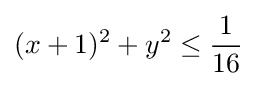
(x+1)^{2}+y^{2}\leq {\frac {1}{16}}